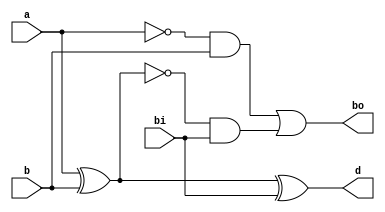
module full_sub(a,b,bi,d,bo);
input a,b,bi;
output d,bo;
assign d=a^b^bi;
assign bo=((~a&b)|~(a^b)&bi);
endmodule